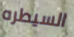
السيطره